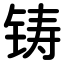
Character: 铸